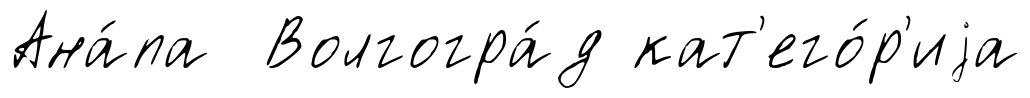
Ана́па Волгогра́д кат'его́р'иjа